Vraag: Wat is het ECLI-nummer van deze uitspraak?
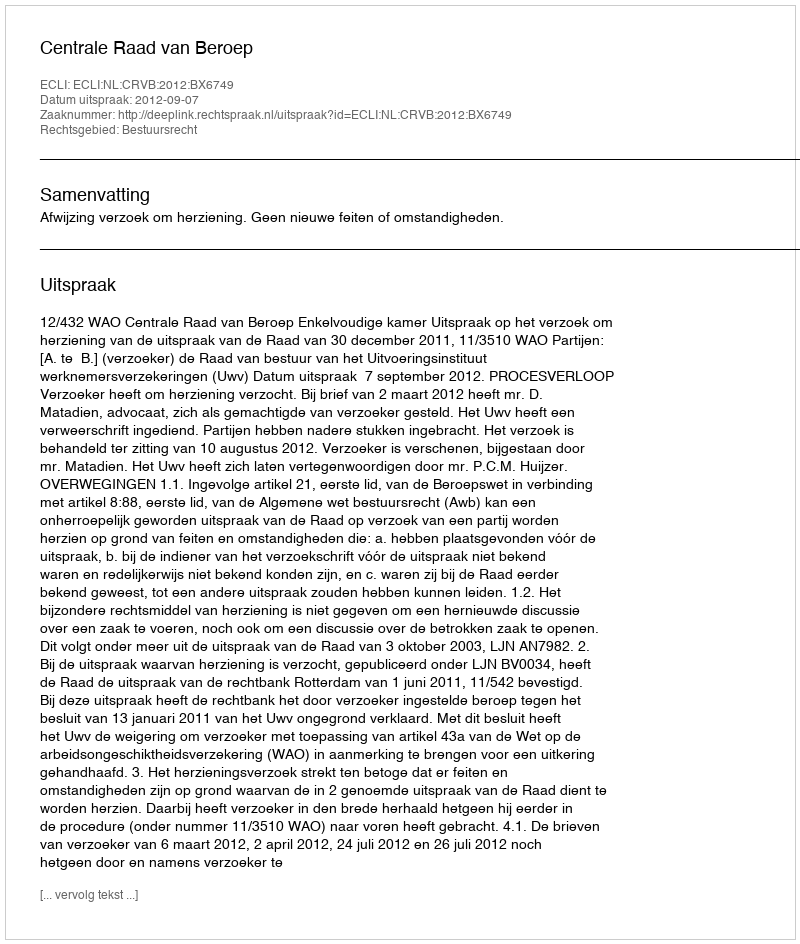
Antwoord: ECLI:NL:CRVB:2012:BX6749